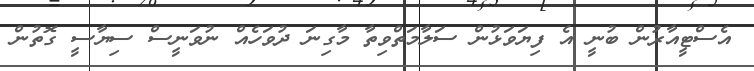
އެސްޓީއާރުން ބުނީ އެ ފިޔަވަޅުން ސަލާމަތްވިތާ މާގިނަ ދުވަހެއް ނުވަނީސް ސިޔާސީ ގޮތުން